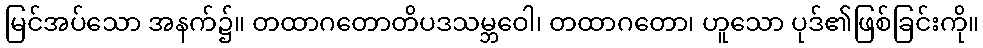
မြင်အပ်သော အနက်၌။ တထာဂတောတိပဒသမ္ဘဝေါ၊ တထာဂတော၊ ဟူသော ပုဒ်၏ဖြစ်ခြင်းကို။